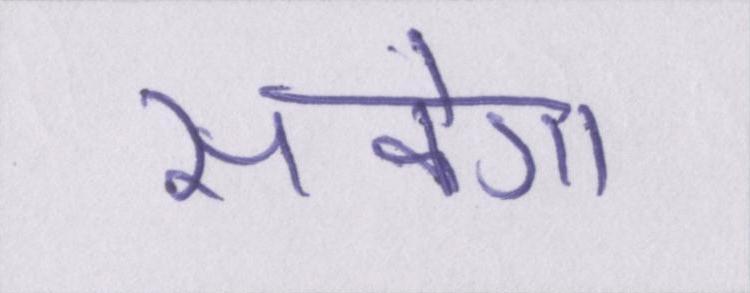
सकेगा